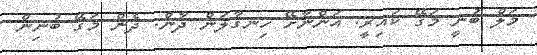
މަލް ބުނީ މަގޭ ކައިރީ. އަންނާށޭ ހިނގާލަން ދާން. ދެން މަގޭ ބުނިން